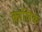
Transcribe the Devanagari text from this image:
क्रालिक